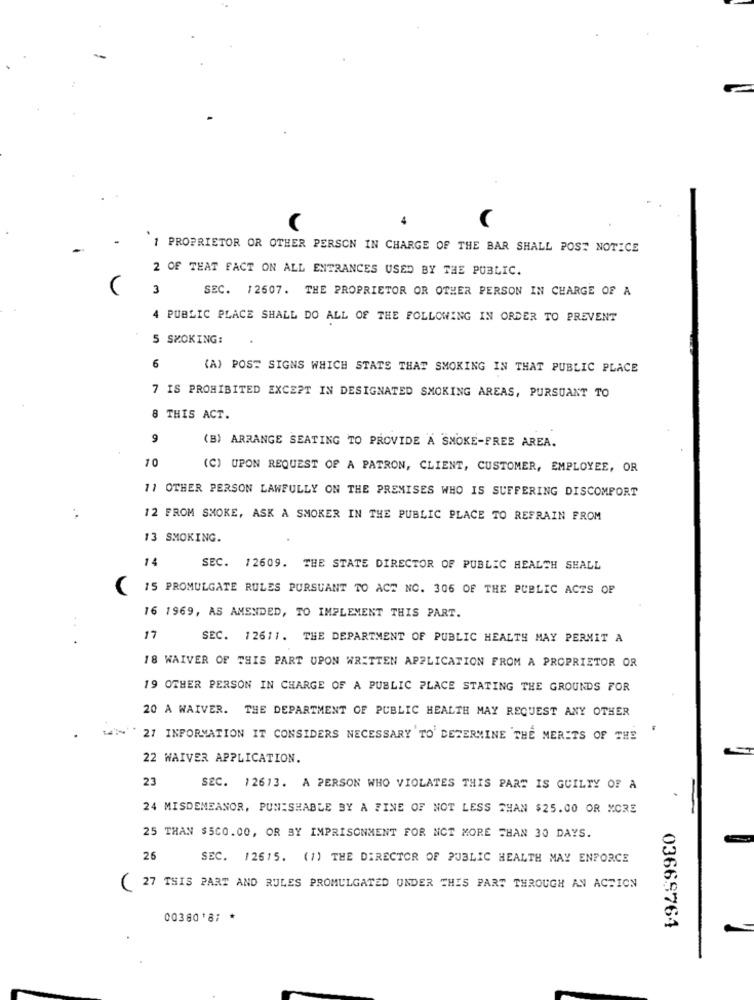
1 PROPRIETOR OR OTHER PERSON IN CHARGE OF THE BAR SHALL POST NOTICE
2 OF THAT FACT ON ALL ENTRANCES USED BY THE PUBLIC.
3
SEC. 12507. THE PROPRIETOR OR OTHER PERSON IN CHARGE OF A
4 PUBLIC PLACE SHALL DO ALL OF THE FOLLOWING IN ORDER TO PREVENT
5 SMOKING:
6
(A) POST SIGNS WHICH STATS THAT SMOKING IN THAT PUBLIC PLACE
7 IS PROHIBITED EXCEPT IN DESIGNATED SMOKING AREAS, PURSUANT TO
8 THIS ACT.
9
(B) ARRANGE SEATING TO PROVIDE A SMOKE-FREE AREA.
10
(C) UPON REQUEST OF A PATRON, CLIENT, CUSTOMER, EMPLOYEE, OR
11 OTHER PERSON LAWFULLY ON THE PREMISES WHO IS SUFFERING DISCOMFORT
12 FROM SMOKE, ASK A SMOKER IN THE PUBLIC PLACE TO REFRAIN FROM
13 SMOKING.
14
SEC.
12609. THE STATE DIRECTOR OF PUBLIC HEALTH SHALL
15 PROMULGATE RULES PURSUANT TO ACT NO. 306 OF THE PUBLIC ACTS OF
16 1969, AS AMENDED, TO IMPLEMENT THIS PART.
..
17
SEC. 12611. THE DEPARTMENT OF PUBLIC HEALTH MAY PERMIT A
18 WAIVER OF THIS PART UPON WRITTEN APPLICATION FROM A PROPRIETOR OR
19 OTHER PERSON IN CHARGE OF A PUBLIC PLACE STATING THE GROUNDS FOR
20 A WAIVER. THE DEPARTMENT OF PUBLIC HEALTH MAY REQUEST ANY OTHER
tal~ 27 INFORMATION IT CONSIDERS NECESSARY TO DETERMINE THE MERITS OF THE
22 WAIVER APPLICATION.
23
SEC. 12613. A PERSON WHO VIOLATES THIS PART IS GUILTY OF A
24 MISDEMEANOR, PUNISHABLE BY A FINE OF NOT LESS THAN $25.00 OR MORE
25 THAN $500.00, OR BY IMPRISONMENT FOR NOT MORE THAN 30 DAYS.
26
SEC.
12615. (1) THE DIRECTOR OF PUBLIC HEALTH MAY ENFORCE
27 THIS PART AND RULES PROMULGATED UNDER THIS PART THROUGH AN ACTION
0038018; *
03669764